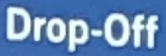
Drop-Off